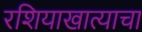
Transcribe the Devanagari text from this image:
रशियाखात्याचा